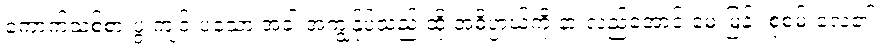
ကောက်သစ်စားပွဲ ကျင်းပသော အခါ အကျွန်ုပ်သည် ထို အဓိပ္ပာယ်ကို နားလည်အောင် မေးမြန်း စုံစမ်းလေ၏။